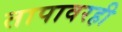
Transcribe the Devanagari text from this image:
तापावरही